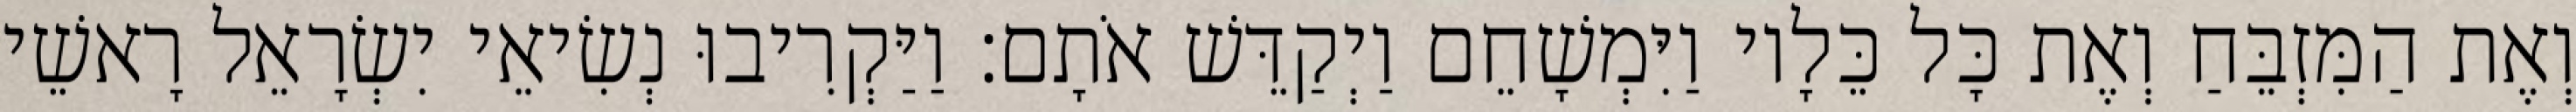
וְאֶת הַמִּזְבֵּחַ וְאֶת כָּל כֵּלָיו וַיִּמְשָׁחֵם וַיְקַדֵּשׁ אֹתָם׃ וַיַּקְרִיבוּ נְשִׂיאֵי יִשְׂרָאֵל רָאשֵׁי